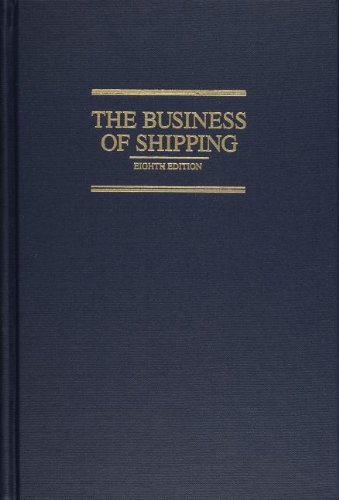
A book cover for The Business of Shipping; James, Jr. Buckley; Business & Money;